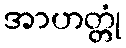
အာဟတ္တုံ